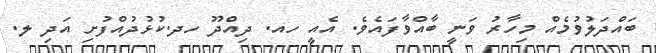
ބައްދަލުވުމެއް މިހާރު ވަނީ ބާއްވާފައެވެ. އެއީ ހއ. ދިއްދޫ ހދ.ކުޅުދުއްފުށި އަދި ލ.